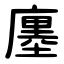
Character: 廛